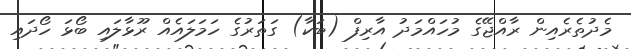
މެދުތެރެއިން ރާއްޖޭގެ މުހައްމަދު އާރިފް (ބަކާ) ގަތަރުގެ ހަމަލައެއް ރޫޅާލައި ބޯޅަ ހޯދައި